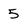
Character: 5